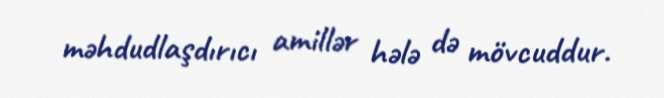
məhdudlaşdırıcı amillər hələ də mövcuddur.